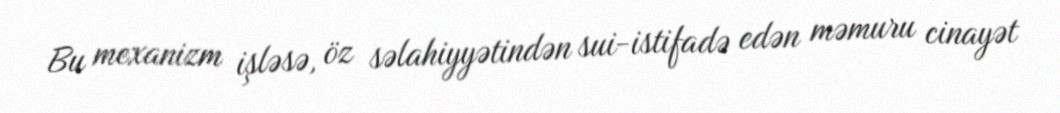
Bu mexanizm işləsə, öz səlahiyyətindən sui-istifadə edən məmuru cinayət